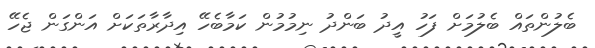
ބެލުންތައް ބެލުމަށް ފަހު އީދު ބަންދު ނިމުމުން ކަމާބެހޭ އިދާރާތަކަށް އަންގަން ޖެހޭ